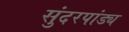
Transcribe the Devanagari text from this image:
सुंदरपांड्य